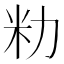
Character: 𫦨